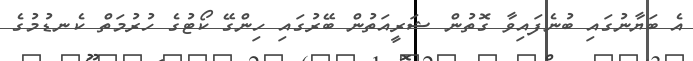
އެ ބަޔާނުގައި ބުނެފައިވާ ގޮތުން ޝަރީއަތުން ބޭރުގައި ހިންގޭ ކޯޓުގެ ހުރުމަތް ކެނޑުމުގެ